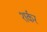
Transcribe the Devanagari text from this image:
शर्कर